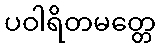
ပဝါရိတမတ္တေ